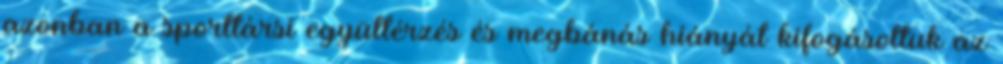
azonban a sporttársi együttérzés és megbánás hiányát kifogásoltuk az